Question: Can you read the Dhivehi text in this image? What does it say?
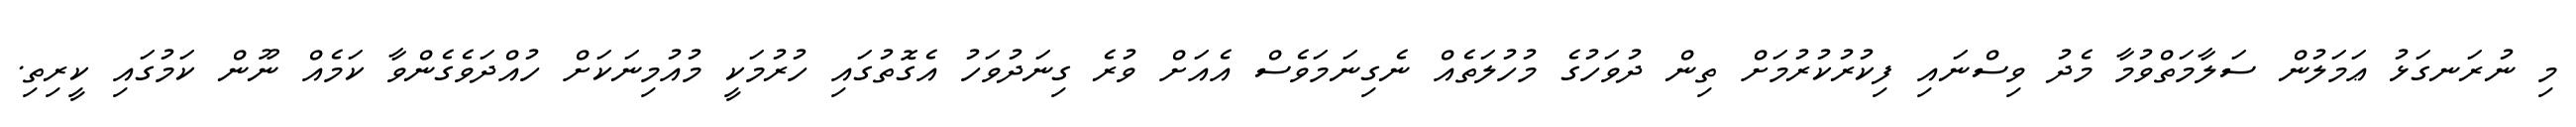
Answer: މި ނުރަނގަޅު ޢަމަލުން ސަލާމަތްވުމާ މެދު ވިސްނައި ފިކުރުކުރުމަށް ތިން ދުވަހުގެ މުހުލަތެއް ނެގިނަމަވެސް އެއަށް ވުރެ ގިނަދުވަހު އެގޮތުގައި ހުރުމަކީ މުއުމިނަކަށް ހުއްދަވެގެންވާ ކަމެއް ނޫން ކަމުގައި ކީރިތި.